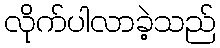
လိုက်ပါလာခဲ့သည်